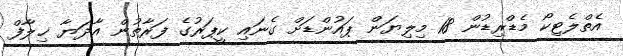
އެތްލެޓިކޯ މެޑްރިޑުން 18 މިލިޔަން ޕައުންޑަށް ގެނައި ކީޕަރުގެ ފަރާތުން އާދަޔާ ޚިލާފް